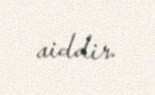
aiddir.